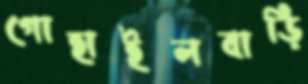
গোহাইলবাড়ি